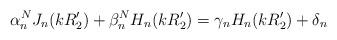
LaTeX: \begin{align*}\alpha^{N}_n J_n(kR'_2) + \beta^N_n H_n(kR'_2) = \gamma_n H_n(kR'_2) + \delta_n\end{align*}